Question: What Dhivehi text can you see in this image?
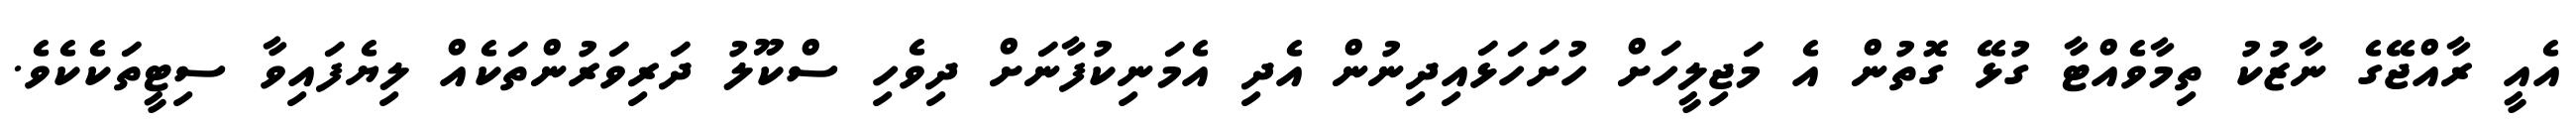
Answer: އެއީ ރާއްޖޭގެ ނާޒުކު ތިމާވެއްޓާ ގުޅޭ ގޮތުން އެ މަޖިލީހަށް ހުށަހަޅައިދިނުން އެދި އެމަނިކުފާނަށް ދިވެހި ސްކޫލު ދަރިވަރުންތަކެއް ލިޔެފައިވާ ސިޓީތަކެކެވެ.